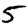
Digit: 5